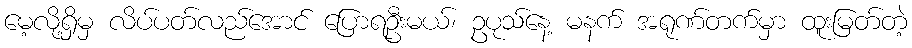
မေ့လို့ရှိမှ လိပ်ပတ်လည်အောင် ပြောရဦးမယ်၊ ဥပုသ်နေ့ မနက် အရုဏ်တက်မှာ ထူးမြတ်တဲ့